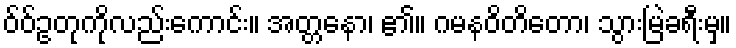
ဝ်ဝ်ဥတုကိုလည်းကောင်း။ အတ္တနော၊ ၏။ ဂမနဝိတိတော၊ သွားမြဲခရီးမှ။